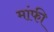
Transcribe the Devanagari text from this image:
मांफी